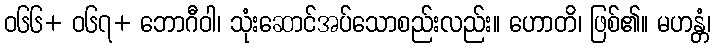
ဝ၆၆+ ဝ၆၇+ ဘောဂီဝါ၊ သုံးဆောင်အပ်သောစည်းလည်း။ ဟောတိ၊ ဖြစ်၏။ မဟန္တံ၊